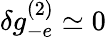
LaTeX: \delta g_{-e}^{(2)}\simeq 0